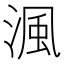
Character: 渢